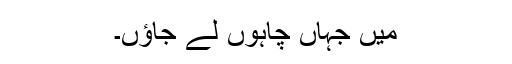
میں جہاں چاہوں لے جاؤں۔